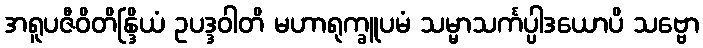
အရူပဇီဝိတိန္ဒြိယံ ဥပဒ္ဒဝါတိ မဟာရုက္ခူပမံ သမ္မာသင်္ကပ္ပါဒယောပိ သဗ္ဗော